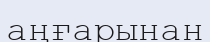
аңғарынан